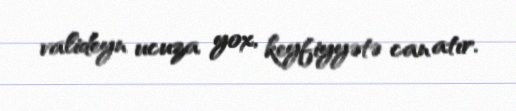
valideyn ucuza yox, keyfiyyətə can atır.